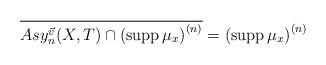
LaTeX: \begin{align*}\overline{A s y_{n}^{\vec{v}}(X, T) \cap \left(\operatorname{supp}\mu_{x}\right)^{(n)}}=\left(\operatorname{supp}\mu_{x}\right)^{(n)} \end{align*}